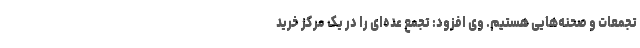
تجمعات و صحنه‌هایی هستیم. وی افزود: تجمع عده‌ای را در یک مرکز خرید